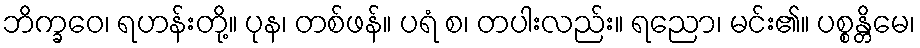
ဘိက္ခဝေ၊ ရဟန်းတို့။ ပုန၊ တစ်ဖန်။ ပရံ စ၊ တပါးလည်း။ ရညော၊ မင်း၏။ ပစ္စန္တိမေ၊